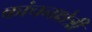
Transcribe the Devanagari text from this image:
कांचनक्षेत्री